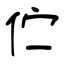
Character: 伫